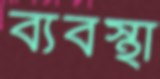
ব্যবস্থা